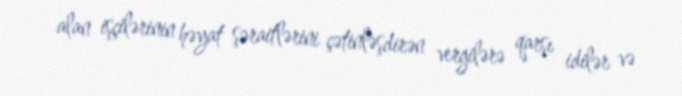
alan işçilərinin həyat şəraitlərini çətinləşdirən vergilərə qarşı idilər və